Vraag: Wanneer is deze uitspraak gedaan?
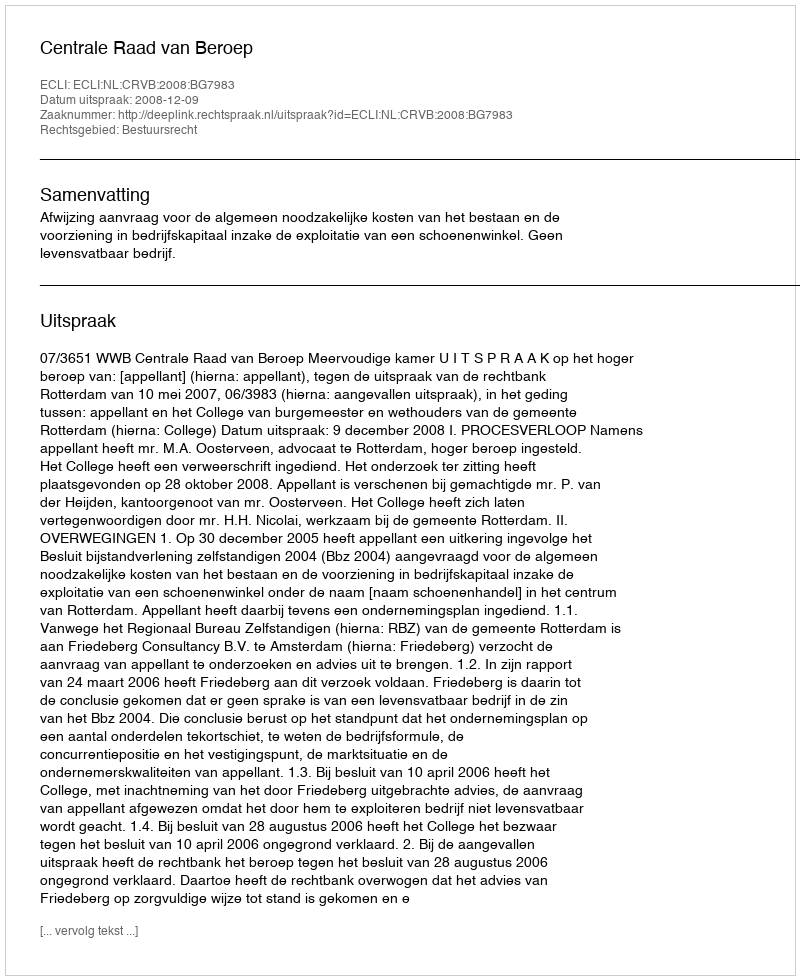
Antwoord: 2008-12-09